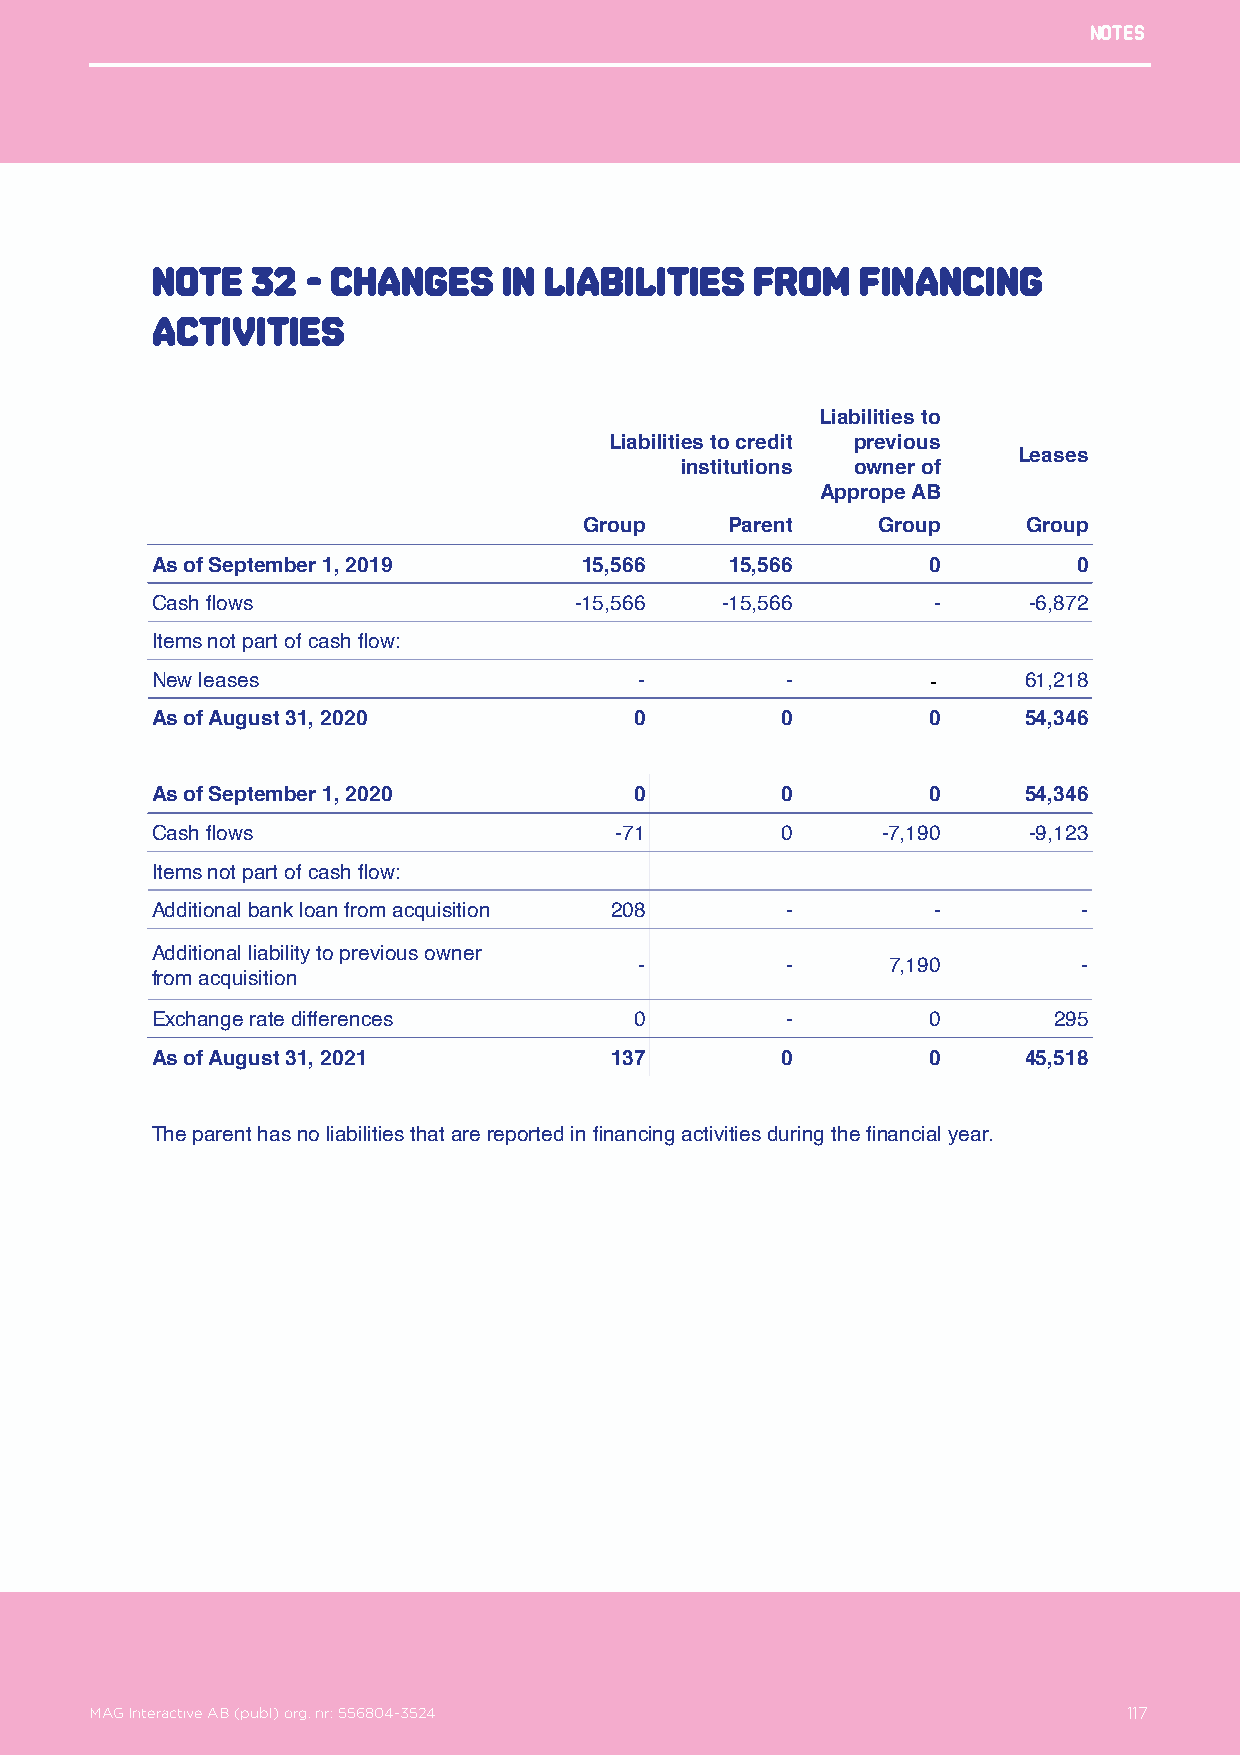
Notes
 Note   32 - Changes    in Liabilities   from   Financing
 activities
 Liabilities to
 Liabilities to credit previous
 Leases
 institutions owner of
 Apprope AB
 Group    Parent    Group     Group
 As of September 1, 2019     15,566    15,566       0         0
 Cash flows                  -15,566   -15,566       -     -6,872
 Items not part of cash flow:
 New leases                      -         -         -     61,218
 As of August 31, 2020           0         0        0      54,346
 As of September 1, 2020         0         0        0      54,346
 Cash flows                     -71        0     -7,190    -9,123
 Items not part of cash flow:
 Additional bank loan from acquisition 208 -         -         -
 Additional liability to previous owner
 -         -      7,190        -
 from acquisition
 Exchange rate differences       0         -        0        295
 As of August 31, 2021         137         0        0      45,518
 The parent has no liabilities that are reported in financing activities during the financial year.
 MAG Interactive AB (publ) org. nr: 556804-3524                  117
 MAG Interactive AB (publ) org. nr: 556804-3524                       117